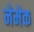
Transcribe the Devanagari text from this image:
नेमेक